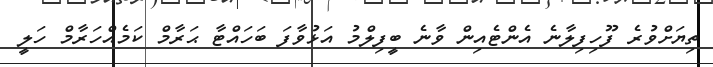
ތިޔަށްވުރެ ފޫހިފިލާނެ އެންޓެއިން ވާނެ ބީފިލްމު އަޅުވާފަ ބަހައްޓާ ޙަރާމް ކަމެއްހަރާމް ހަލީ